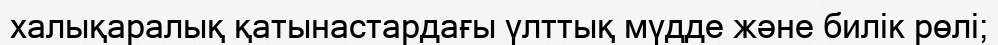
халықаралық қатынастардағы үлттық мүдде және билік рөлі;